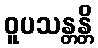
ဝူပသန္တန္တိ